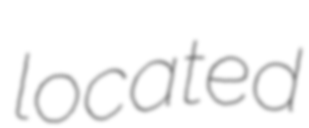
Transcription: located